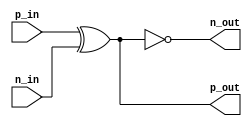
module io_block_buffer (
    input wire p_in,
    input wire n_in,
    output wire p_out,
    output wire n_out
);

  wire internal_signal;

  assign internal_signal = p_in ^ n_in;

  assign p_out = internal_signal;
  assign n_out = ~internal_signal;

endmodule